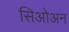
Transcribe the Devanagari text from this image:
सिओअन